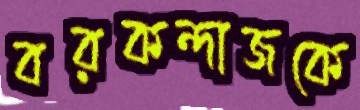
বরকন্দাজকে